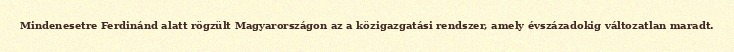
Mindenesetre Ferdinánd alatt rögzült Magyarországon az a közigazgatási rendszer, amely évszázadokig változatlan maradt.